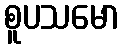
စူပသမော